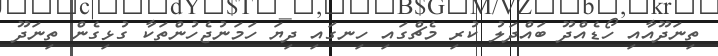
ތިނަދޫއާއި ހޯޑެއްދޫ ބައްދަލު ކުރި މެޗްގައި ހިނގައި ދިޔަ ހަމަނުޖެހުންތަކާ ގުޅިގެން ތިނަދޫ